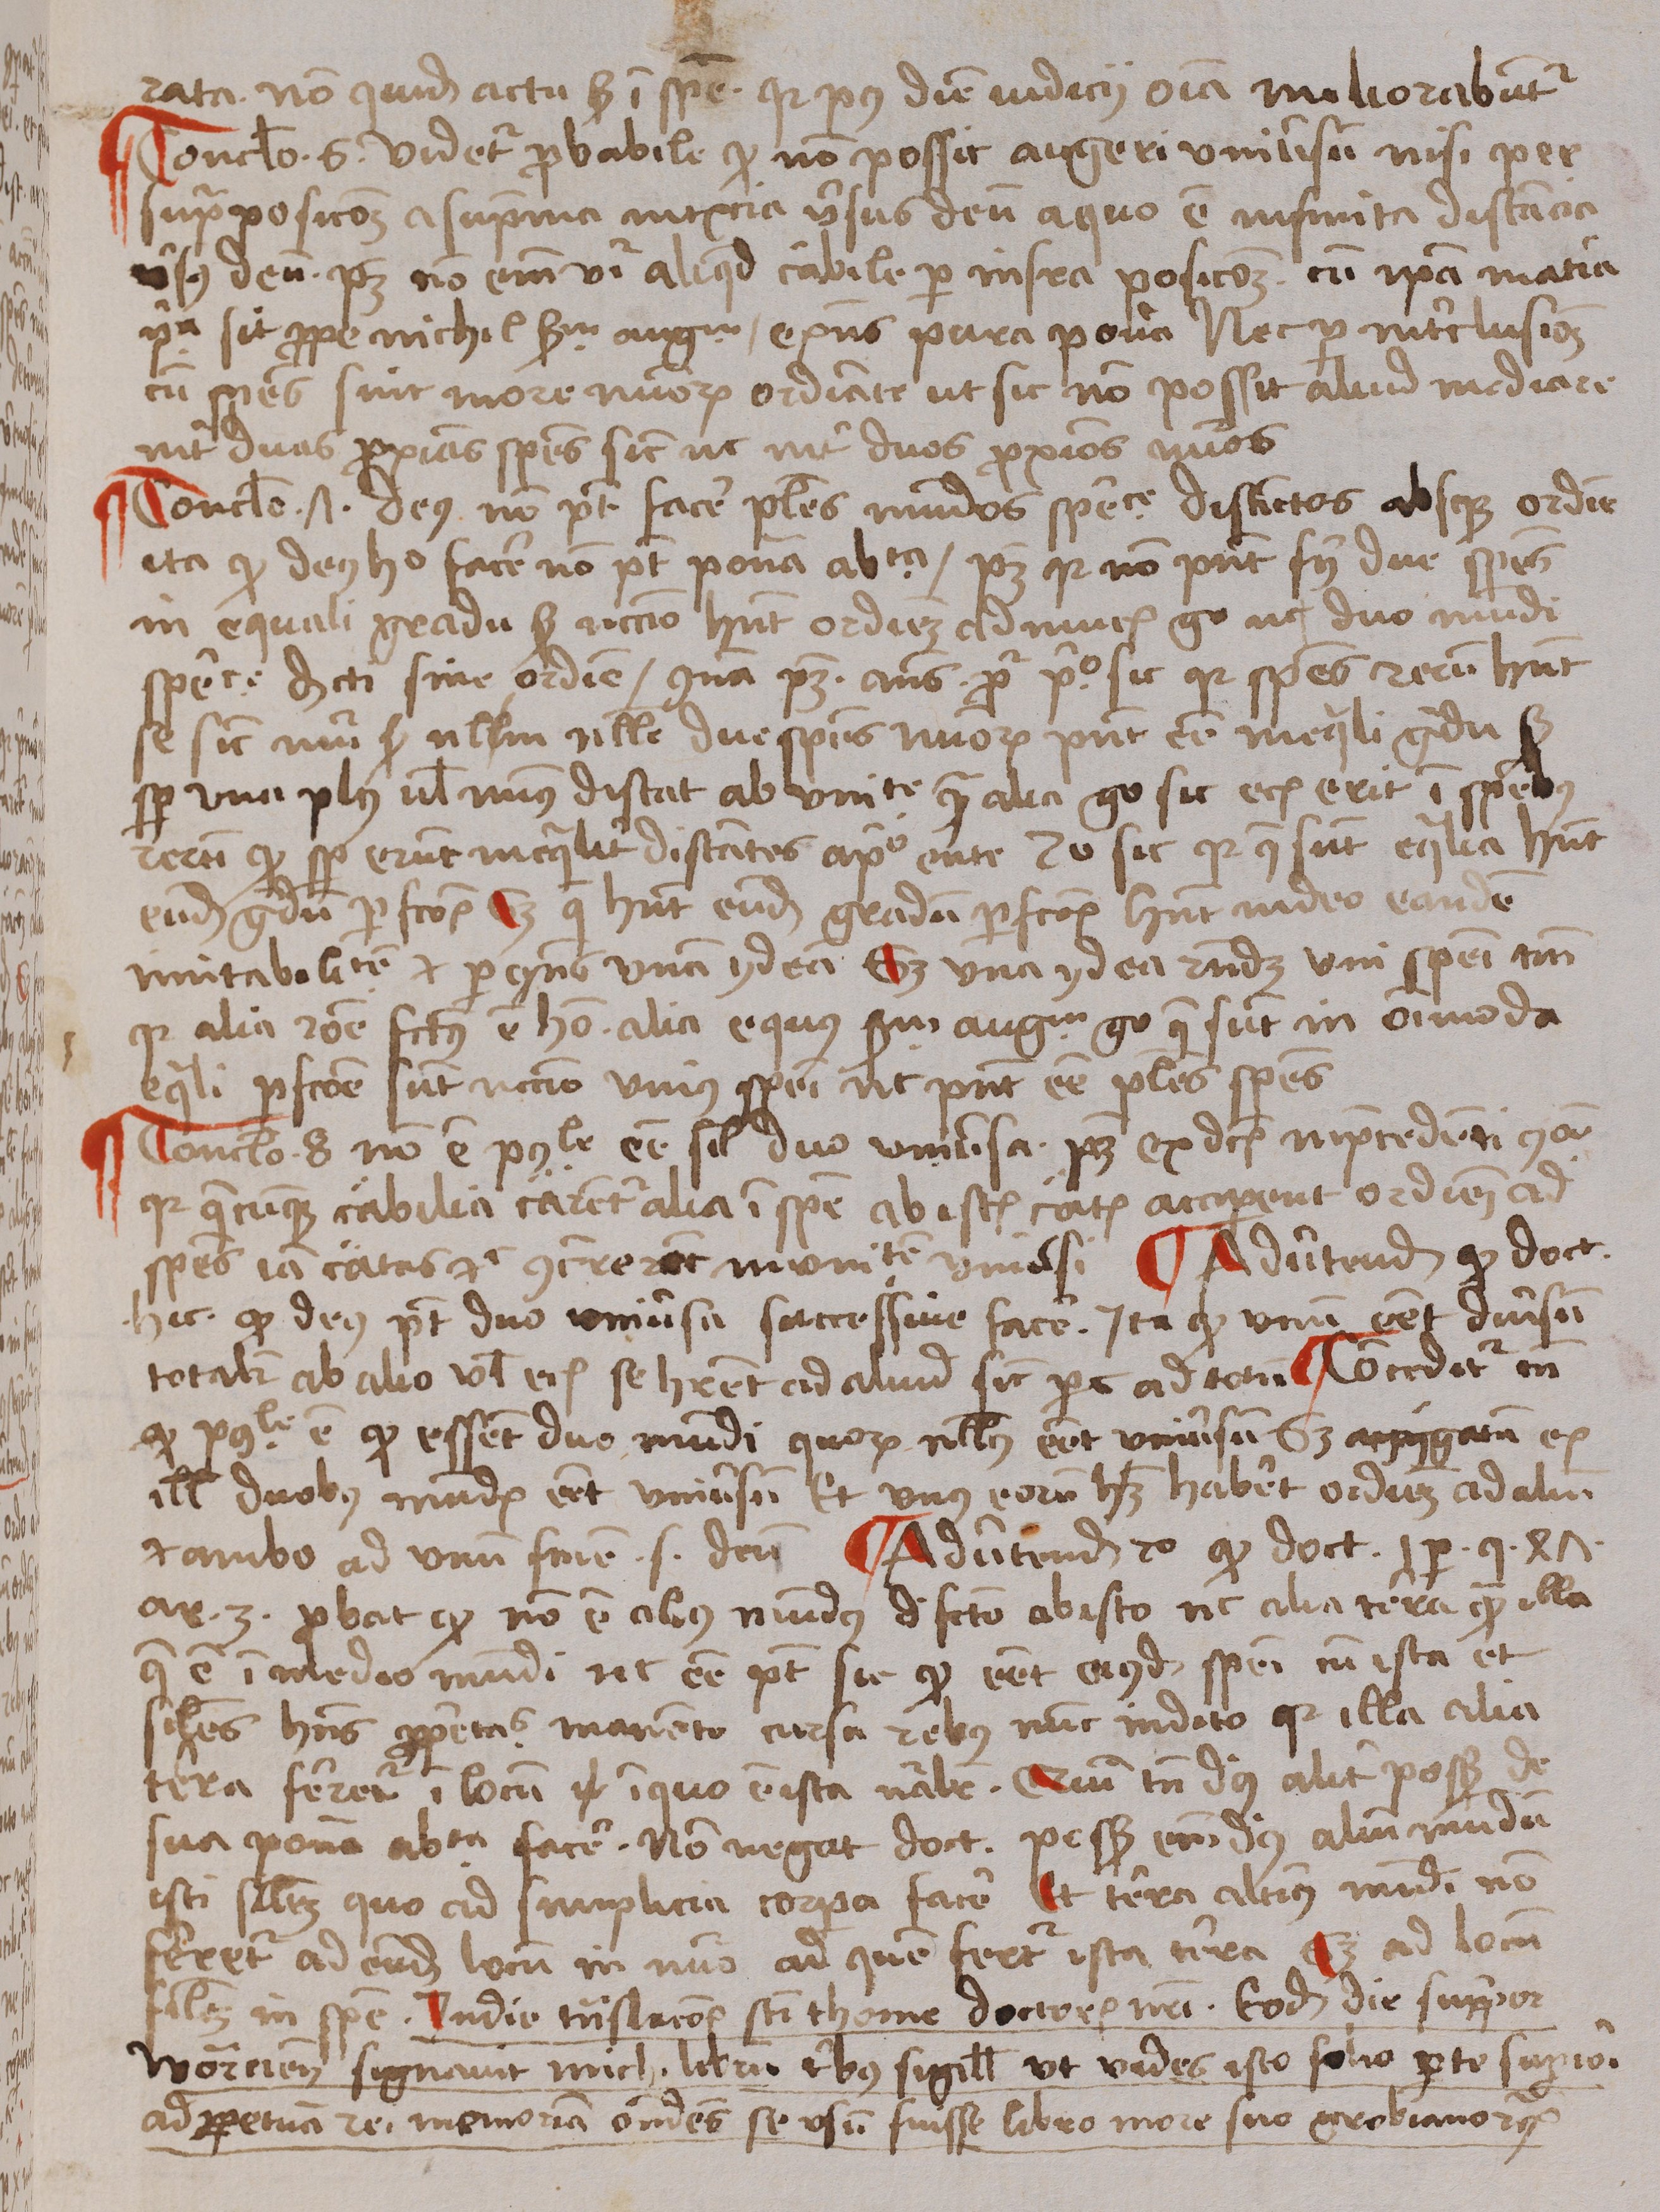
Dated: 1488–1488